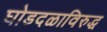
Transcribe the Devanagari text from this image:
घोडदळाविरुद्ध